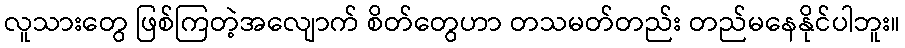
လူသားတွေ ဖြစ်ကြတဲ့အလျောက် စိတ်တွေဟာ တသမတ်တည်း တည်မနေနိုင်ပါဘူး။